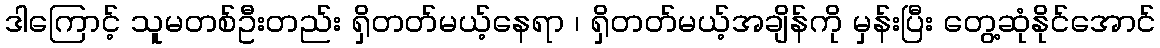
ဒါကြောင့် သူမတစ်ဦးတည်း ရှိတတ်မယ့်နေရာ ၊ ရှိတတ်မယ့်အချိန်ကို မှန်းပြီး တွေ့ဆုံနိုင်အောင်